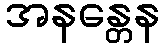
အနန္တေန